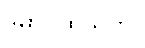
ဒွိဓာပထသုတ်။